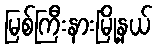
မြစ်ကြီးနားမြို့နယ်